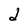
Character: d